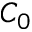
C _ { 0 }